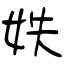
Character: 妷